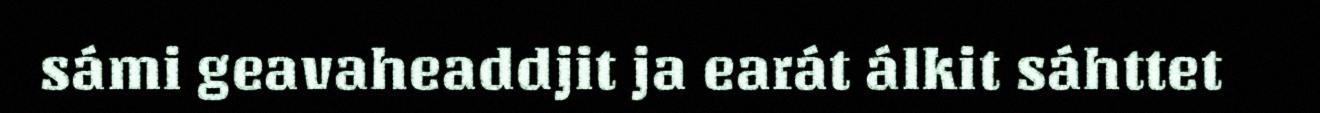
sámi geavaheaddjit ja earát álkit sáhttet